Annual report on the working of the Harcourt Butler Institute of Public Health, Rangoon
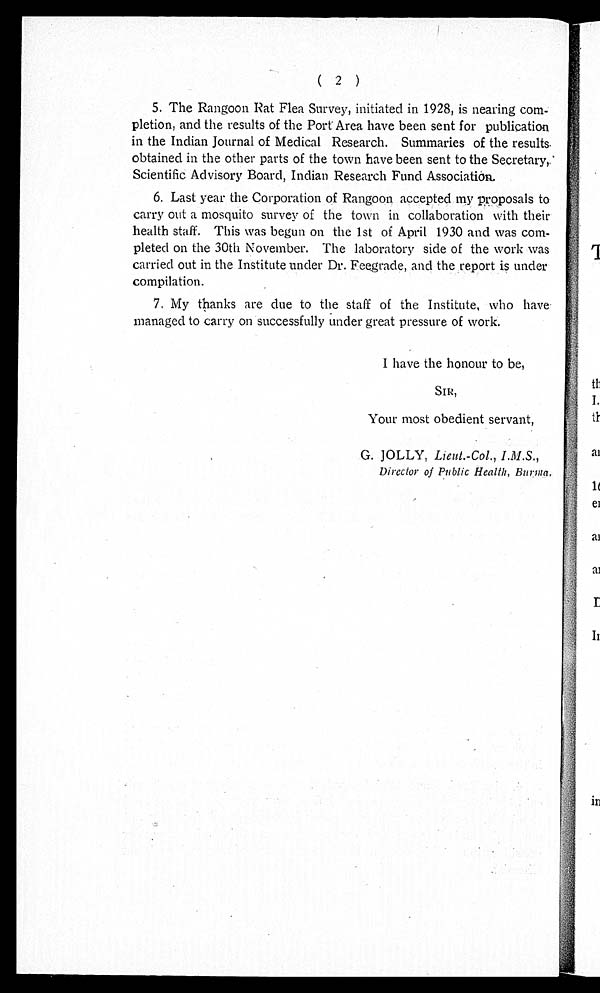
( 2 )
5.The Rangoon Rat Flea Survey, initiated in 1928, is nearing com-
pletion, and the results of the Port Area have been sent for publication
in the Indian Journal of Medical Research. Summaries of the results
obtained in the other parts of the town have been sent to the Secretary,
Scientific Advisory Board, Indian Research Fund Association.
6.Last year the Corporation of Rangoon accepted my proposals to
carry out a mosquito survey of the town in collaboration with their
health staff. This was begun on the 1st of. April 1930 and was co
m - p l e t e d o n t h e 3 0 t h N o v e m b e r . T h e l a b o r a t o r y s i d e o f t h e w o r k w a s
carried out in the Institute under Dr. Feegrade, and the report is under
compilation.
7.My thanks are due to the staff of the Institute, who have
managed to carry on successfully under great pressure of work.
I have the honour to be,
SIR,
Your most obedient servant,
G. JOLLY, Lieut.-Col., I.M.S.,
Director of Public Health, Burma.